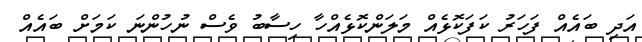
އަދި ބައެއް ފަހަރު ކަފަކޮޅެއް މަލަންކޮޅެއްހާ ހިސާބު ވެސް ނުހުންނަ ކަމަށް ބައެއް